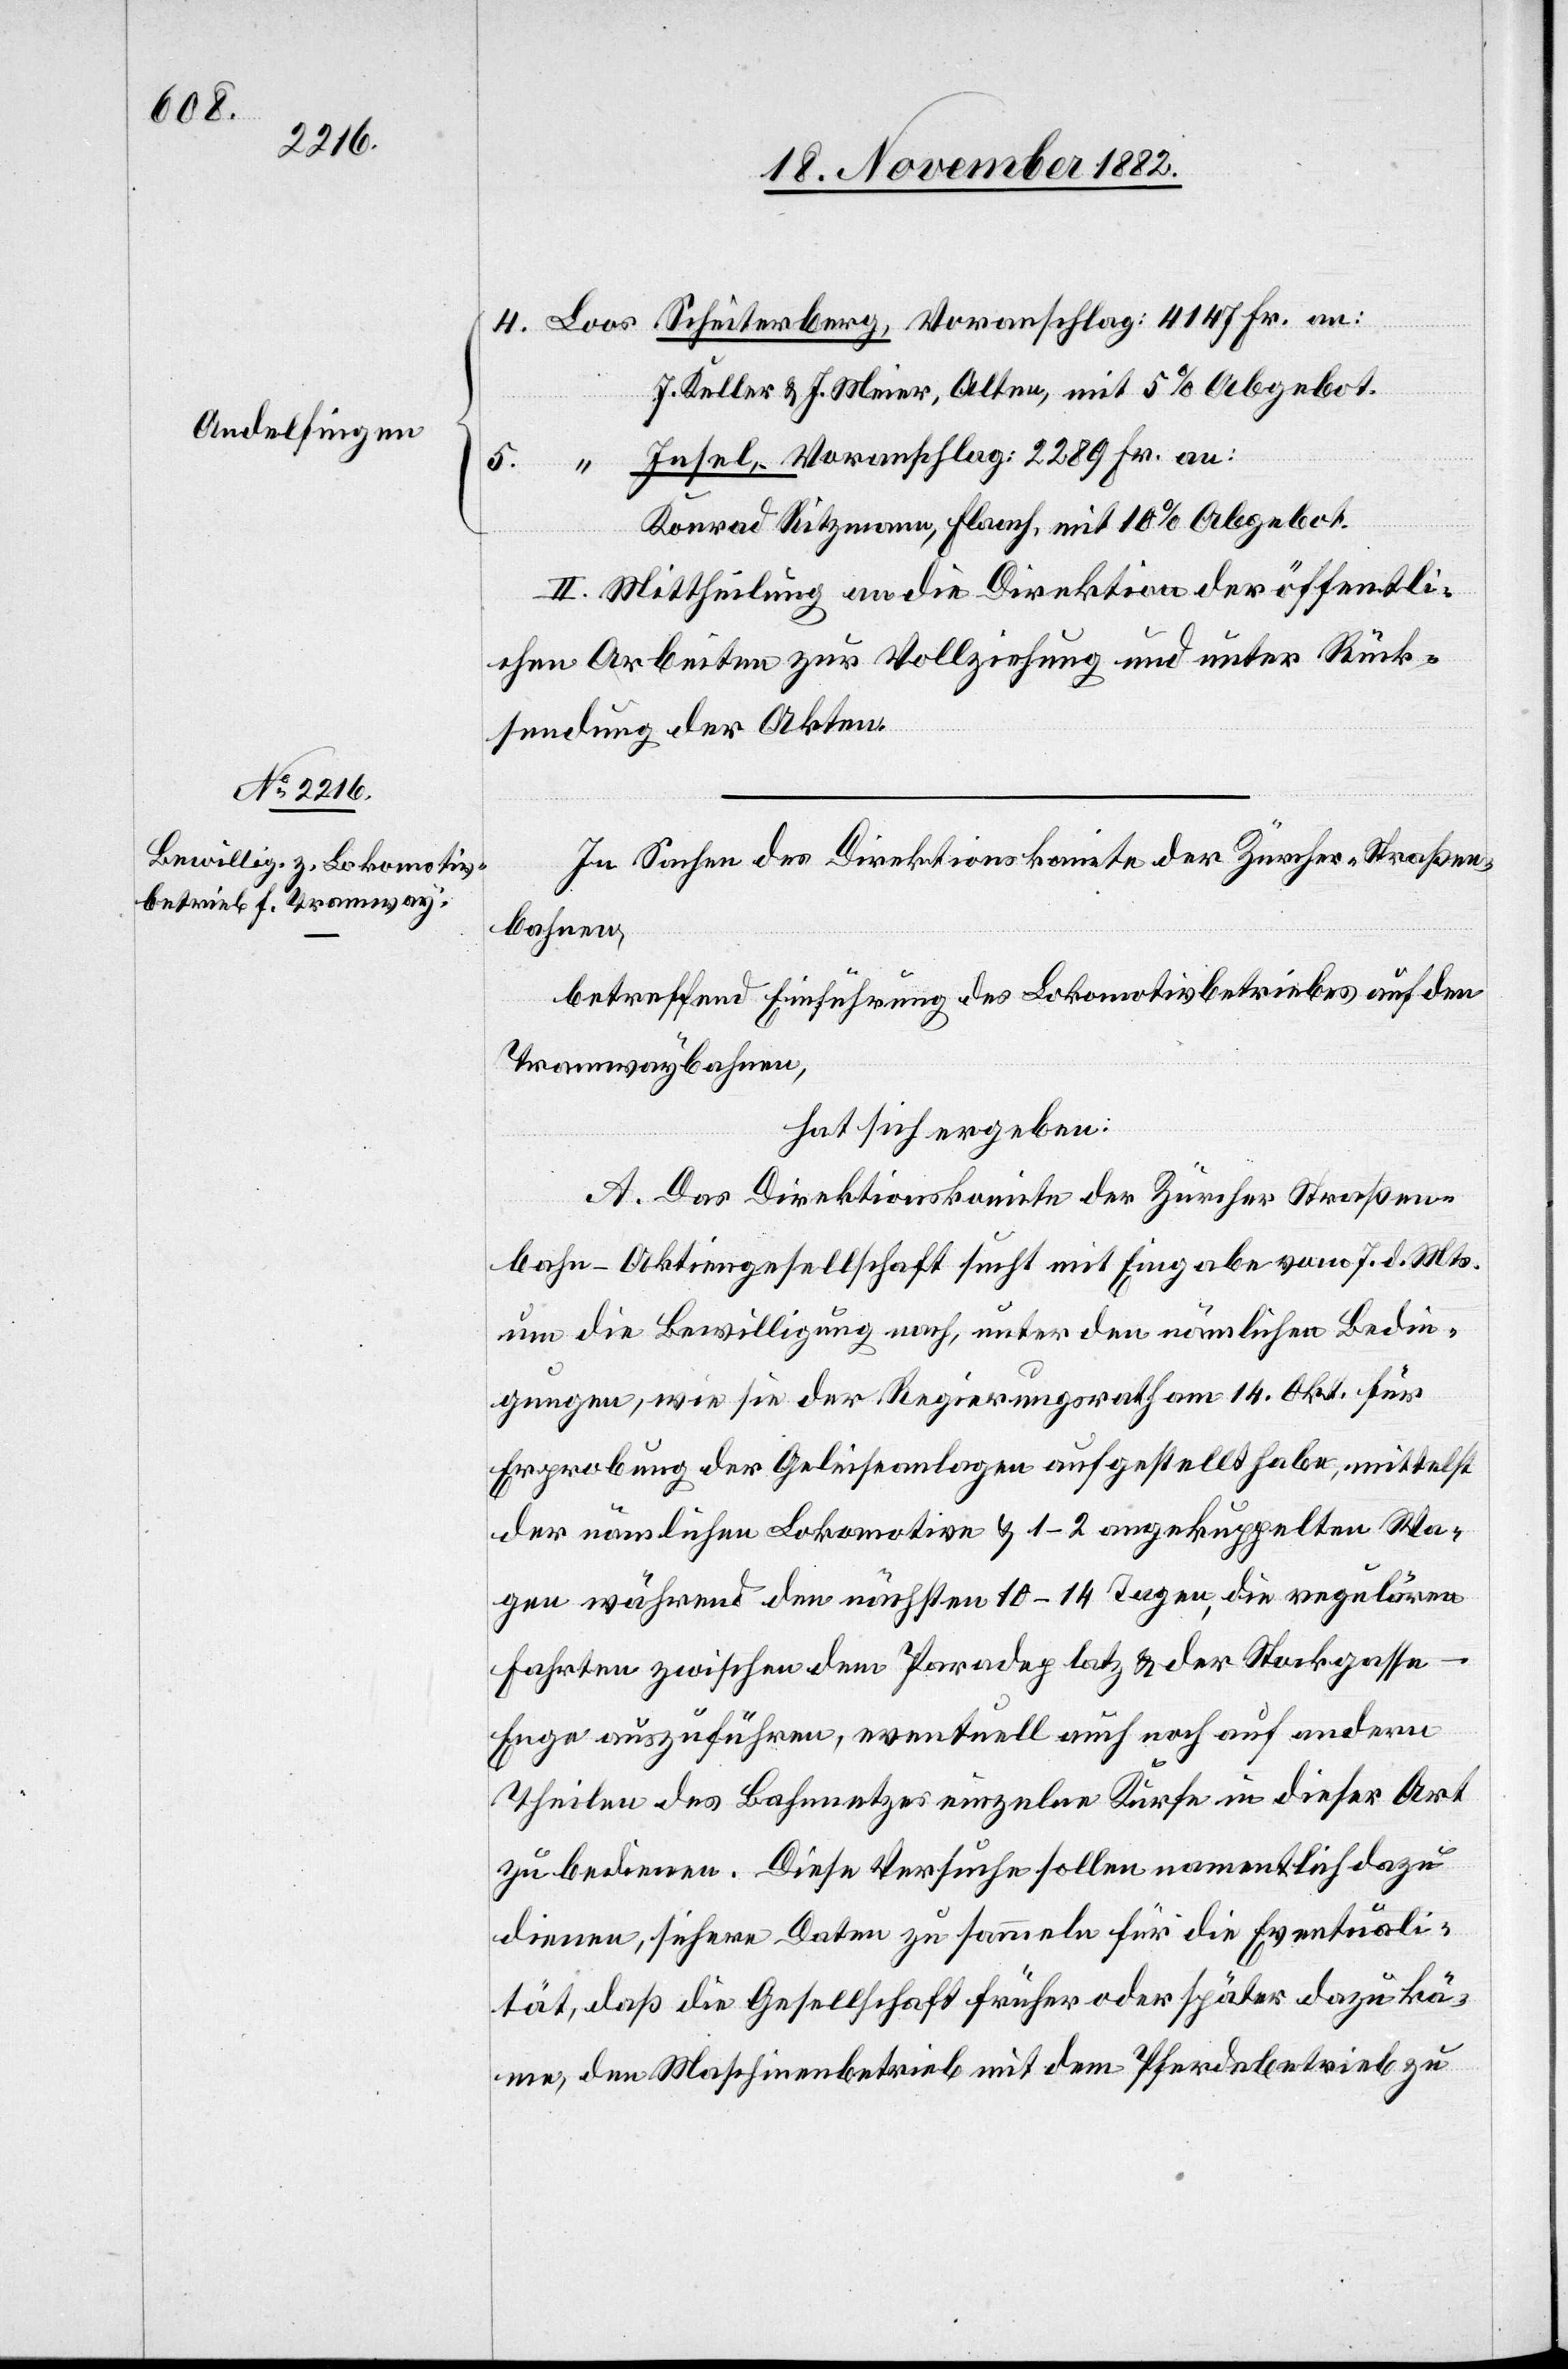
Scheit¬

J. Keller & J. Meier, Alten, mit 5% Abgebot.
Insel, Voranschlag: 2289 Fr. an:
5.
4.
Konrad Ritzmann, Flaach, Offerte mit 10% Abgebot.
II. Mittheilung an die Direktion der öffentli¬
chen Arbeiten zur Vollziehung und unter Rück¬
sendung der Akten.
In Sachen des Direktionskomite der Zürcher-Straßen¬
bahnen,
betreffend Einführung des Lokomotivbetriebes auf den
Tramwaybahnen,
hat sich ergeben:
A. Das Direktionskomite der Zürcher Straßen¬
bahn-Aktiengesellschaft sucht mit Eingabe vom 7. d. Mts.
um die Bewilligung nach, unter den nämlichen Bedin¬
gungen, wie sie der Regierungsrath am 14. Okt. für
Erprobung der Geleiseanlagen aufgestellt habe, mittelst
der nämlichen Lokomotive & 1–2 angekuppelten Wa¬
gen während den nächsten 10–14 Tagen, die regulären
Fahrten zwischen dem Paradeplatz & der Stockgasse–E¬
nge auszuführen, eventuell auch noch auf andern
Theilen des Bahnnetzes einzelne Kurse in dieser Art
zu bedienen. Diese Versuche sollen namentlich dazu
dienen, sichere Daten zu sammeln für die Eventuali¬
tät, daß die Gesellschaft früher oder später dazu kä¬
me, den Maschinenbetrieb mit dem Pferdebetrieb zu